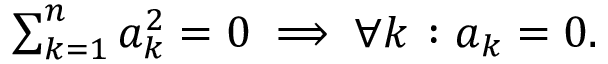
\textstyle \sum _ { k = 1 } ^ { n } a _ { k } ^ { 2 } = 0 \; \Longrightarrow \; \forall k \; \colon a _ { k } = 0 .